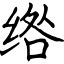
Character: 绺